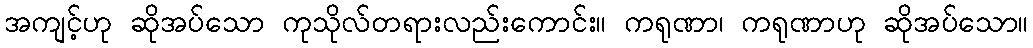
အကျင့်ဟု ဆိုအပ်သော ကုသိုလ်တရားလည်းကောင်း။ ကရုဏာ၊ ကရုဏာဟု ဆိုအပ်သော။